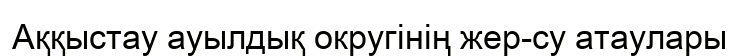
Аққыстау ауылдық округінің жер-су атаулары